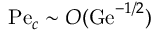
\mathrm { P e } _ { c } \sim { \cal O } ( \mathrm { G e } ^ { - 1 / 2 } )